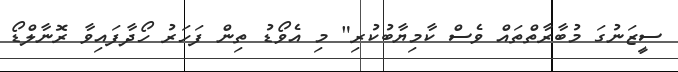
ސީޒަނުގަ މުބާރާތްތައް ވެސް ކާމިޔާބުކުރި" މި އެވޯޑު ތިން ފަހަރު ހޯދާފައިވާ ރޮނާލްޑޯ